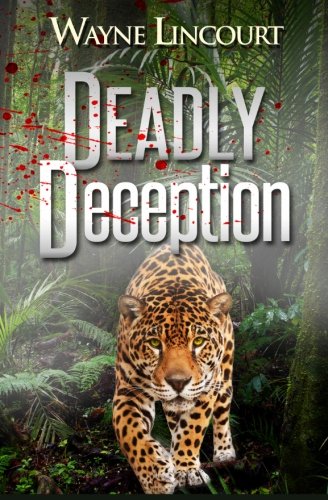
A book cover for Deadly Deception (Volume 1); Wayne Lincourt; Romance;